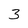
Character: 3